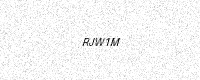
Text: RJW1M